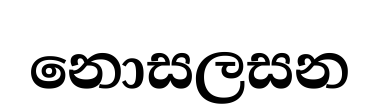
නොසලසන